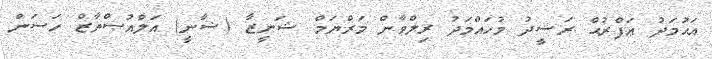
އަޙުމަދު ޢަފްރުޙް ރަޝީދު މުހައްމަދު ރިލްވާން މަރްޔަމް ޝަނީޒާ (ޝާނީ) އަލްއުސްތާޒް ހަސަން